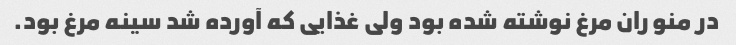
در منو ران مرغ نوشته شده بود ولی غذایی که آورده شد سینه مرغ بود.